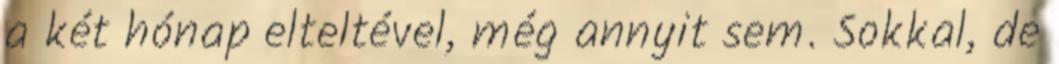
a két hónap elteltével, még annyit sem. Sokkal, de